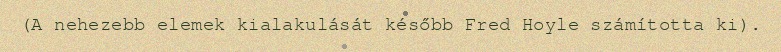
(A nehezebb elemek kialakulását később Fred Hoyle számította ki).